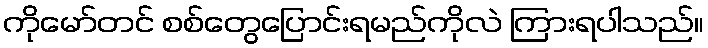
ကိုမော်တင် စစ်တွေပြောင်းရမည်ကိုလဲ ကြားရပါသည်။